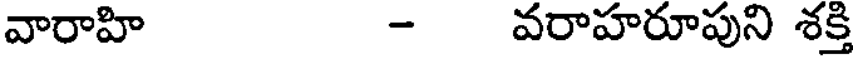
వారాహి - వరాహరూపుని శక్తి